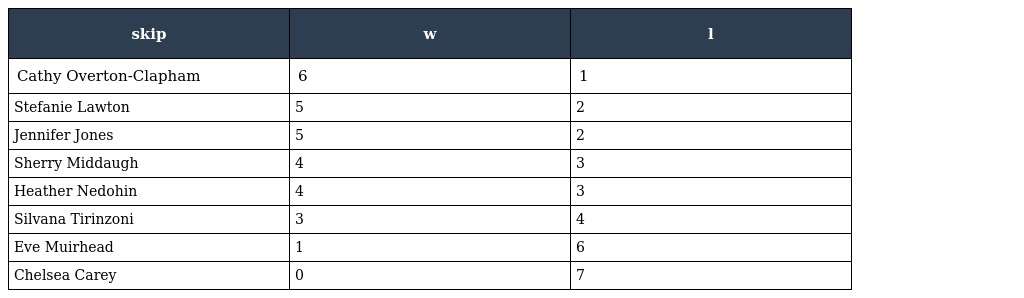
| skip | w | l |
 | --- | --- | --- |
 | Cathy Overton-Clapham | 6 | 1 |
 | Stefanie Lawton | 5 | 2 |
 | Jennifer Jones | 5 | 2 |
 | Sherry Middaugh | 4 | 3 |
 | Heather Nedohin | 4 | 3 |
 | Silvana Tirinzoni | 3 | 4 |
 | Eve Muirhead | 1 | 6 |
 | Chelsea Carey | 0 | 7 |